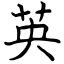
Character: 英